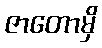
ဇာတောမှိ